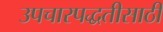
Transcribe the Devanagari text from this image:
उपचारपद्धतीसाठी